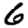
Digit: 6